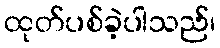
ထုတ်ပစ်ခဲ့ပါသည်၊